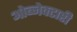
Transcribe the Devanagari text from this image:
ओब्जेक्टारी